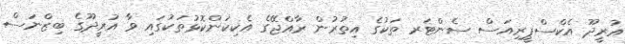
އުރީދޫ އެކްސްޕީރިއަސް ސެންޓަރ ތަކުގެ އިތުރުން ރާއްޖޭގެ އެކިކަންކޮޅުތަކުގައި ވާ އުރީދޫގެ ބިޒްނަސް